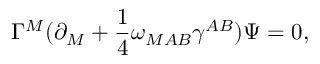
\Gamma ^ { M } ( \partial _ { M } + { \frac { 1 } { 4 } } \omega _ { M A B } \gamma ^ { A B } ) \Psi = 0 ,